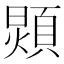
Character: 𩓺